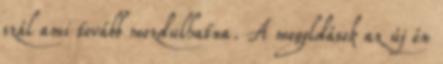
szál ami tovább mozdulhatna. A megoldások az új én